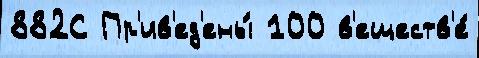
882С Пр'ив'ед'ены́ 100 в'еществ'е́